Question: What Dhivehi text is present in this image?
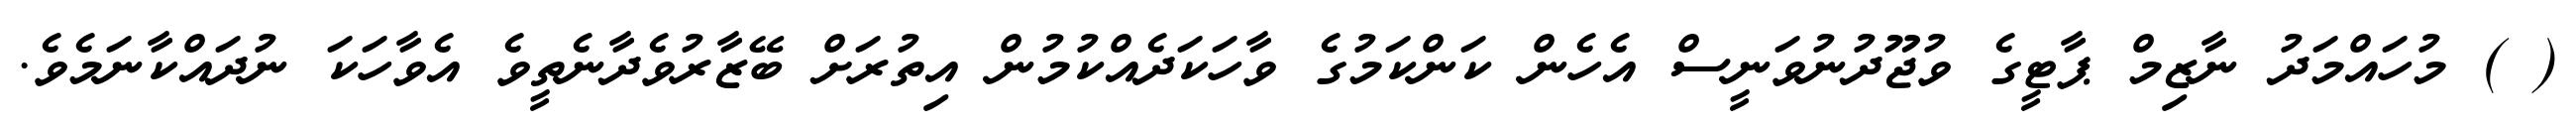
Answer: ( ) މުހައްމަދު ނާޒިމް ޕާޓީގެ ވުޖޫދުނުވަނީސް އެހެން ކަންކަމުގެ ވާހަކަދެއްކުމުން އިތުރަށް ބޭޒާރުވެދާނެތީވެ އެވާހަކަ ނުދައްކާނަމެވެ.